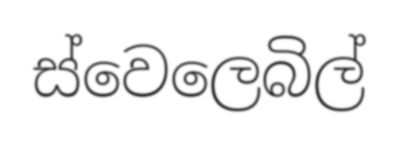
ස්වෙලෙබිල්